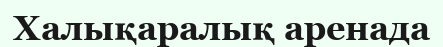
Халықаралық аренада